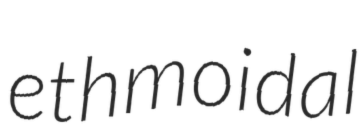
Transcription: ethmoidal